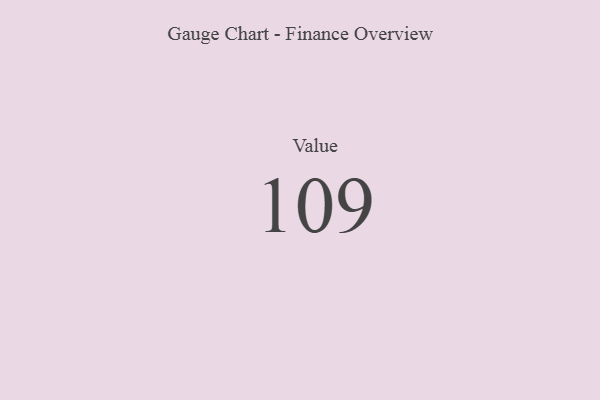
{"axis": {"x": "Metric", "y": "Value"}, "legend": [""], "data": [{"x": "Value", "y": 109, "type": ""}]}